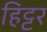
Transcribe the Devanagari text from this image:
हिट्टर